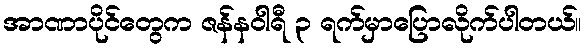
အာဏာပိုင်တွေက ဇန်နဝါရီ ၃ ရက်မှာပြောလိုက်ပါတယ်။